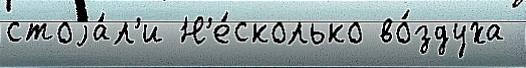
стоjа́л'и Н'е́сколько во́здуха